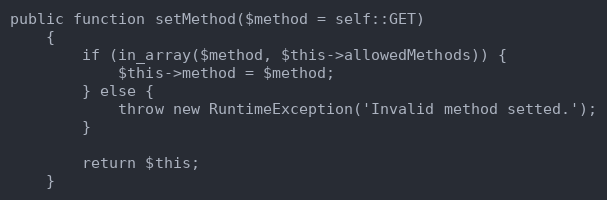
Language: PHP
public function setMethod($method = self::GET)
	{
		if (in_array($method, $this->allowedMethods)) {
			$this->method = $method;
		} else {
			throw new RuntimeException('Invalid method setted.');
		}

		return $this;
	}